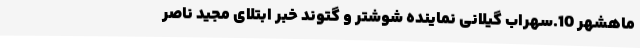
ماهشهر 10.سهراب گیلانی نماینده شوشتر و گتوند خبر ابتلای مجید ناصر